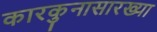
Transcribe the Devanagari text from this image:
कारकुनासारख्या